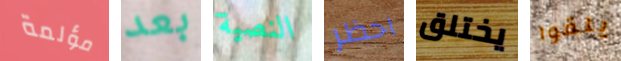
مؤلمة بعد النصية احظر يختلق يلقوا